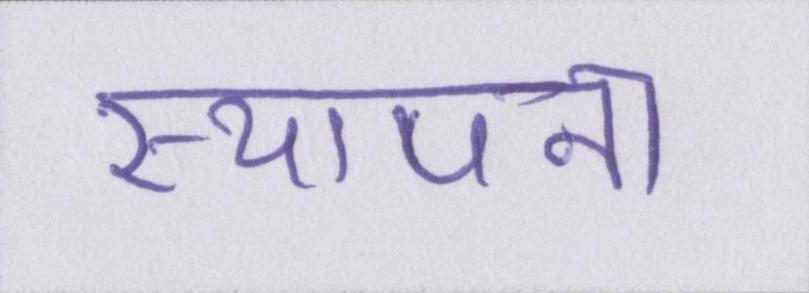
स्थापना